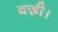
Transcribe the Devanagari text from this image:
वज्री।